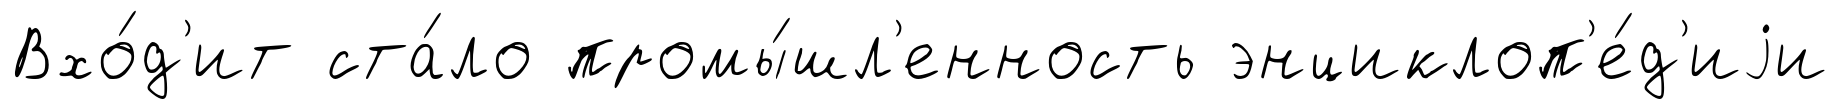
Вхо́д'ит ста́ло промы́шл'енность энциклоп'е́д'иjи